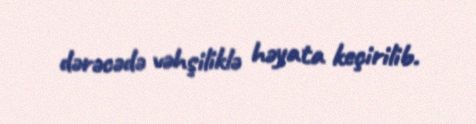
dərəcədə vəhşiliklə həyata keçirilib.